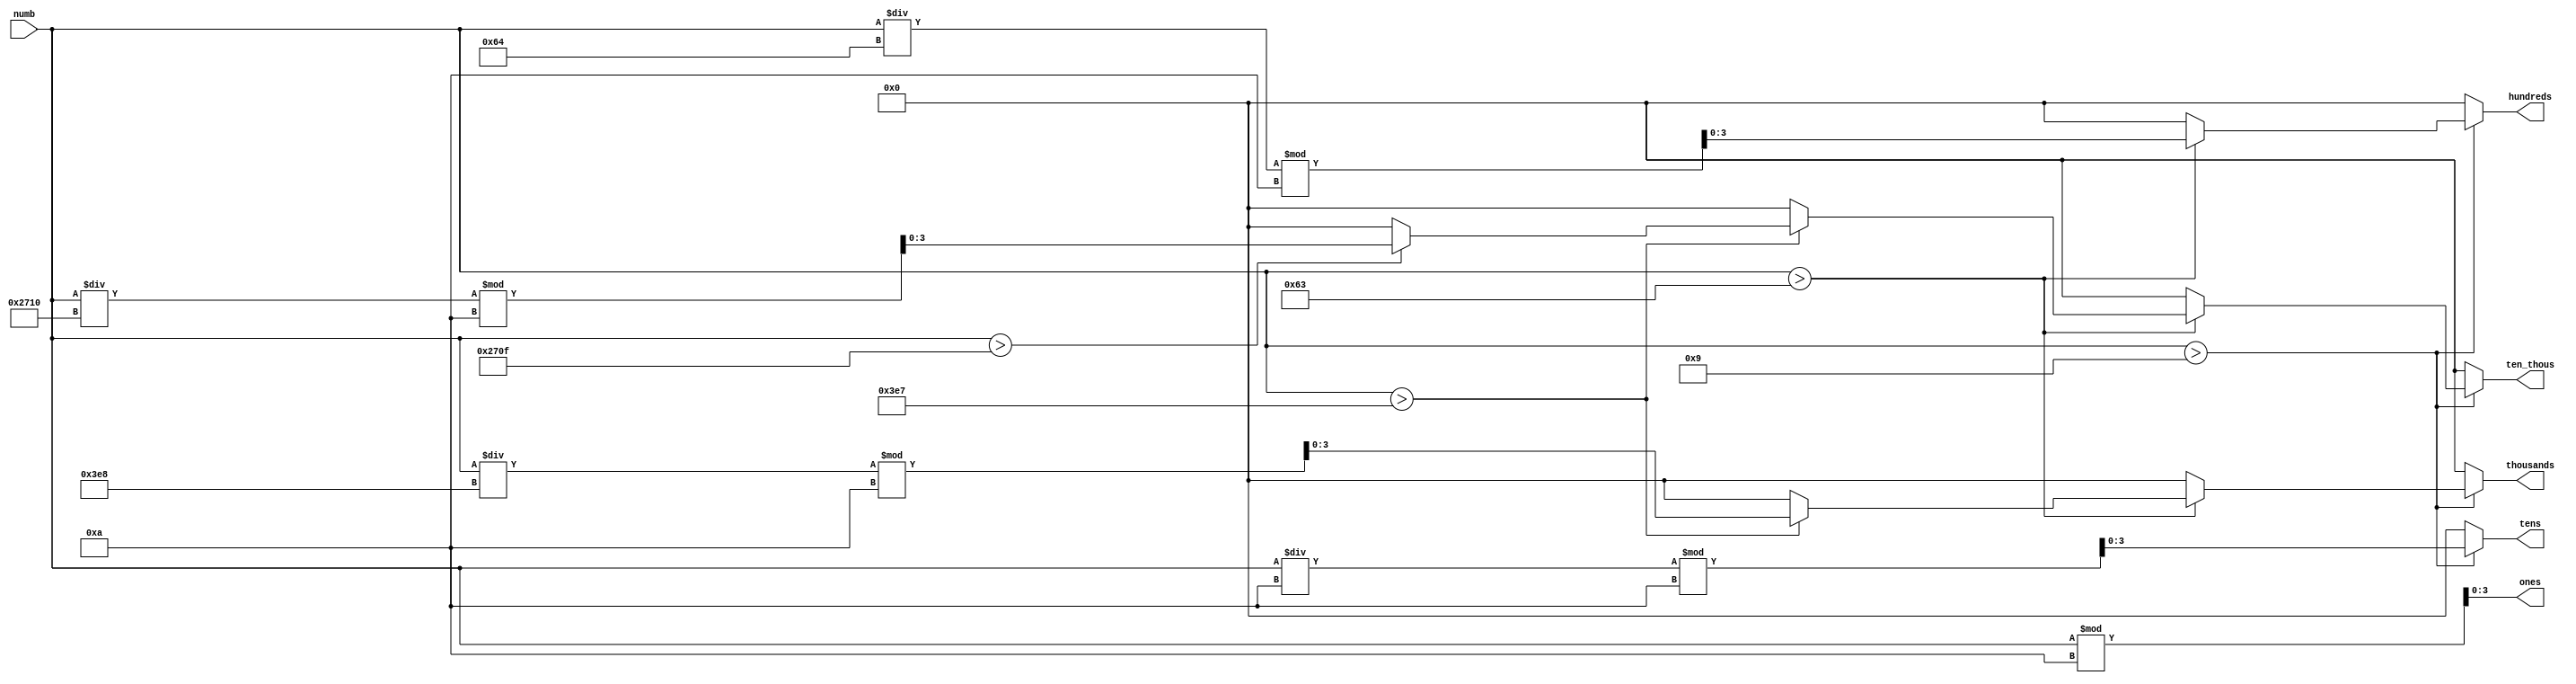
module bcd_to_seven_driver (
	input [15:0] numb,
	output reg [3:0] ones, tens, hundreds, thousands, ten_thous
);

always @ ( * )
begin

	ones = numb % 10; 

	if ( numb > 9 )
	begin
		tens = ( numb / 16'd10 ) % 16'd10;		
		if ( numb > 16'd99 )
		begin
			hundreds = ( numb / 16'd100 ) % 16'd10;		
			if ( numb > 16'd999 )
			begin
				thousands = ( numb / 16'd1000 ) % 16'd10;
					if ( numb > 16'd9999 )
						ten_thous = ( numb / 16'd10000 ) % 16'd10;
					else
						ten_thous = 4'd0;			
			end			
			else
			begin
				thousands = 4'd0;
				ten_thous = 4'd0;
			end
		end
		else
		begin
			hundreds = 4'd0;
			thousands = 4'd0;
			ten_thous = 4'd0;
		end		
		end
	else
	begin
		tens = 4'd0;
		hundreds = 4'd0;
		thousands = 4'd0;
		ten_thous = 4'd0;
	end
	
end

endmodule